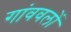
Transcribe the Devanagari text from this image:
गांववलों